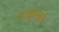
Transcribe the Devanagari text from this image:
चाकूरकर